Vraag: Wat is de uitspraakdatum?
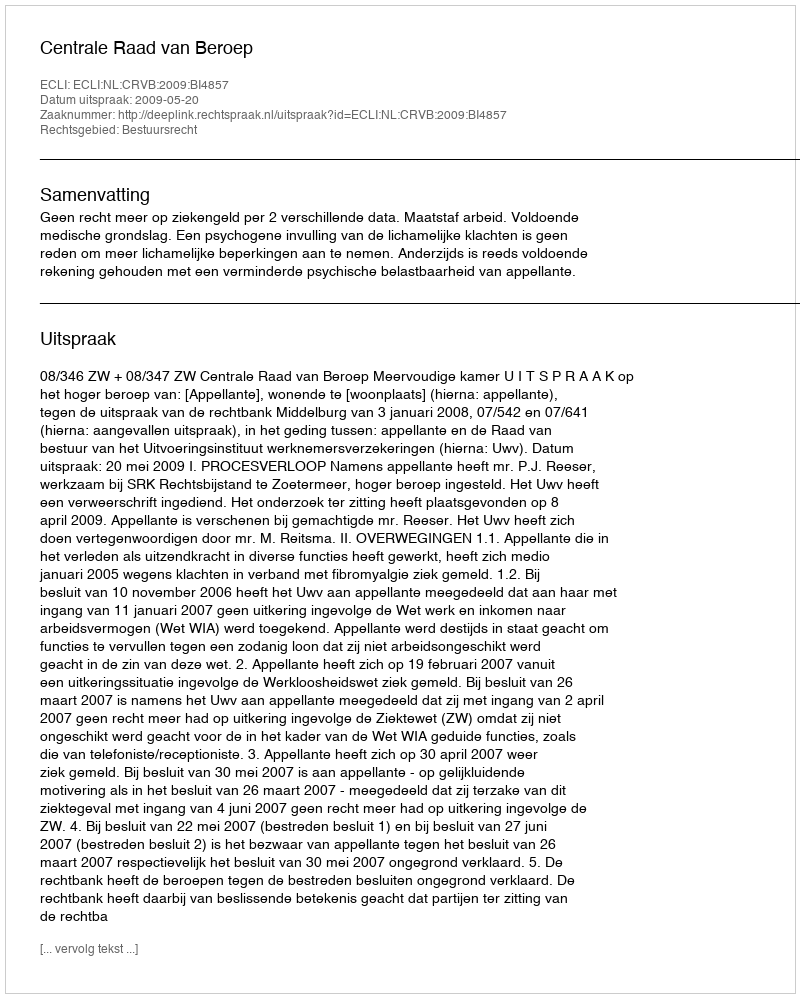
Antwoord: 2009-05-20